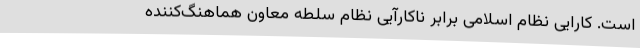
است. کارایی نظام اسلامی برابر ناکارآیی نظام سلطه معاون هماهنگ‌کننده